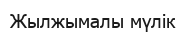
Жылжымалы мүлік